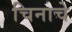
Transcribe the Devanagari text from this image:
चिनाचे